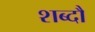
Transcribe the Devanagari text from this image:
शब्दौ